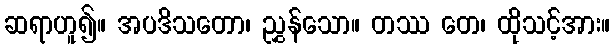
ဆရာဟူ၍။ အပဒိသတော၊ ညွှန်သော။ တဿ တေ၊ ထိုသင့်အား။